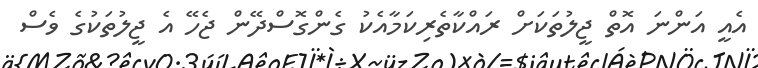
އެއީ އަންނަ އޮތް ޖީލުތަކަށް ރައްކާތެރިކަމާއެކު ގެންގޮސްދޭން ޖެހޭ އެ ޖީލުތަކުގެ ވެސް